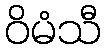
ဝိမံသီ